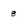
Character: 8